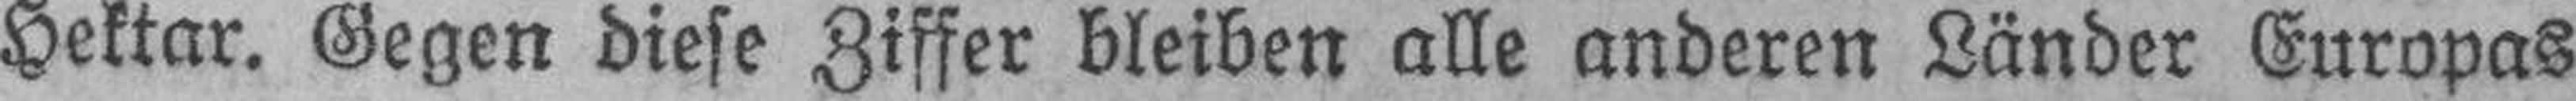
Hektar. Gegen diese Ziffer bleiben alle anderen Länder Europas